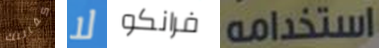
كفالتك لا فرانكو استخدامه